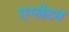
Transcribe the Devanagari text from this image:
एग्लेटन